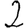
Digit: 2